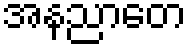
အနညာတေ